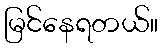
မြင်နေရတယ်။